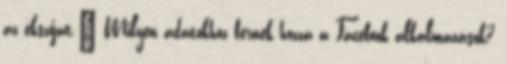
az ékszíjat." Milyen adatokhoz férnek hozzá a Facebook alkalmazások?